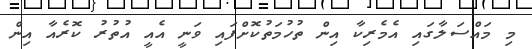
މި މައްސަލާގައި އެމެރިކާ އިން ތުހުމަތުކޮށްފައި ވަނީ އެއީ އުތުރު ކޮރެއާ އިން